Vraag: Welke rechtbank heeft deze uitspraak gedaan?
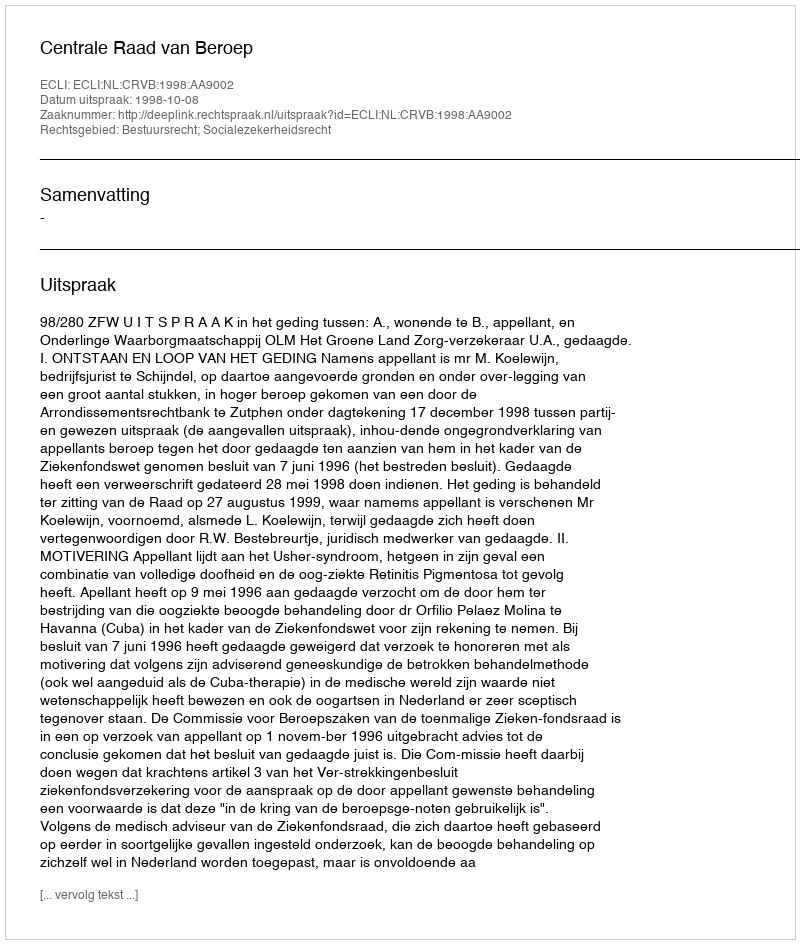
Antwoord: Centrale Raad van Beroep